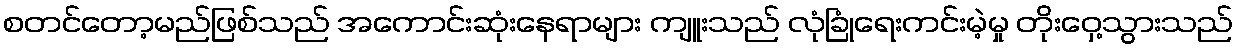
စတင်တော့မည်ဖြစ်သည် အကောင်းဆုံးနေရာများ ကျူးသည် လုံခြုံရေးကင်းမဲ့မှု တိုးဝှေ့သွားသည်